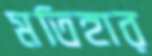
মতিহার